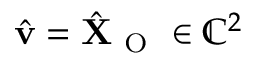
\hat { \mathbf { v } } = \hat { \mathbf { X } } _ { \mathrm { ~ O ~ } } \in \mathbb { C } ^ { 2 }